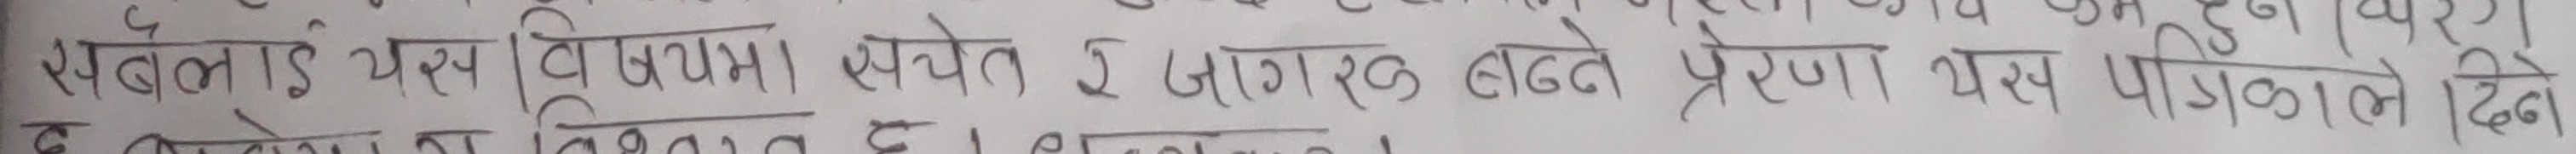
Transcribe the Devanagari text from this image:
रबैले आई यस । विविधमा स्वेत इ जागरुक बढते प्रेरणा यस पत्रिकाले दिने